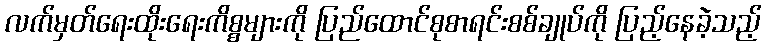
လက်မှတ်ရေးထိုးရေးကိစ္စများကို ပြည်ထောင်စုစာရင်းစစ်ချုပ်ကို ပြည့်နေခဲ့သည့်